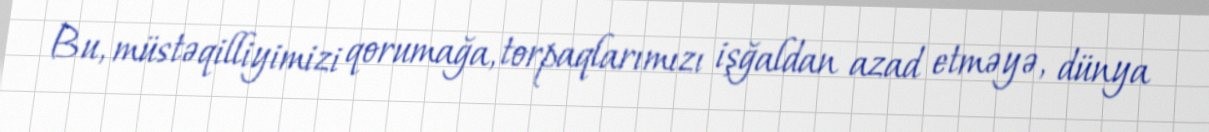
Bu, müstəqilliyimizi qorumağa, torpaqlarımızı işğaldan azad etməyə, dünya